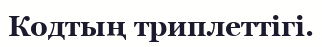
Кодтың триплеттiгi.